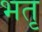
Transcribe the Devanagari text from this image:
भतृ